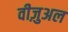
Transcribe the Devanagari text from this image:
वीज़ुअल